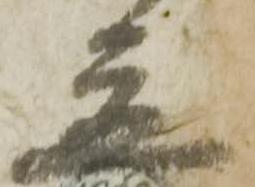
立